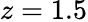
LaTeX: z=1.5